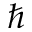
\hbar